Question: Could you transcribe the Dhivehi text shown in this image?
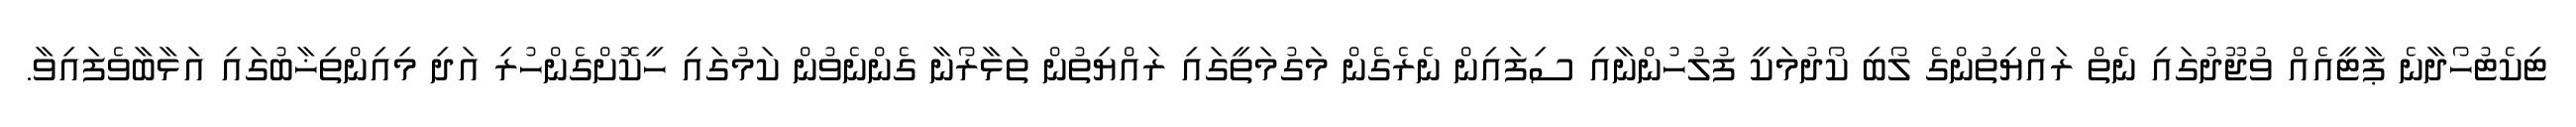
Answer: ޓިކެޓުހޯދާނެ ޕާޓީއެއް ވުޖޫދުގައި ނެތް ރައްޔިތުންގެ ލޯބި ކޯދުމަކީ ފުލުހުންނާއި ސިފައިން ނެރެގެން މަގުމަތީގައި ރައްޔިތުން ތަޅާރޯނާ ގެންނެވުން ކަމުގައި ހީކޮށްގެންހުރި އަދި މިއިންތިޚާބުގައި އަޅާބާވެފައިވާ.